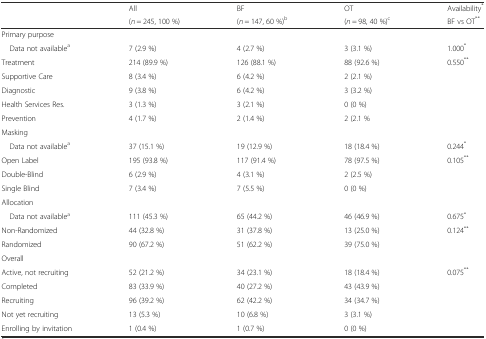
<table><thead><tr><td rowspan="2">[EMPTY_CELL]</td><td><b>All</b></td><td><b>BF</b></td><td><b>OT</b></td><td><b>Availability<sup>*</sup></b></td></tr><tr><td><b>(<i>n</i> = 245, 100 %)</b></td><td><b>(<i>n</i> = 147, 60 %)<sup>b</sup></b></td><td><b>(<i>n</i> = 98, 40 %)<sup>c</sup></b></td><td><b>BF vs OT<sup>**</sup></b></td></tr></thead><tbody><tr><td>Primary purpose</td><td>[EMPTY_CELL]</td><td>[EMPTY_CELL]</td><td>[EMPTY_CELL]</td><td>[EMPTY_CELL]</td></tr><tr><td> Data not available<sup>a</sup></td><td>7 (2.9 %)</td><td>4 (2.7 %)</td><td>3 (3.1 %)</td><td>1.000<sup>*</sup></td></tr><tr><td>Treatment</td><td>214 (89.9 %)</td><td>126 (88.1 %)</td><td>88 (92.6 %)</td><td rowspan="5">0.550<sup>**</sup></td></tr><tr><td>Supportive Care</td><td>8 (3.4 %)</td><td>6 (4.2 %)</td><td>2 (2.1 %)</td></tr><tr><td>Diagnostic</td><td>9 (3.8 %)</td><td>6 (4.2 %)</td><td>3 (3.2 %)</td></tr><tr><td>Health Services Res.</td><td>3 (1.3 %)</td><td>3 (2.1 %)</td><td>0 (0 %)</td></tr><tr><td>Prevention</td><td>4 (1.7 %)</td><td>2 (1.4 %)</td><td>2 (2.1 %</td></tr><tr><td>Masking</td><td>[EMPTY_CELL]</td><td>[EMPTY_CELL]</td><td>[EMPTY_CELL]</td><td>[EMPTY_CELL]</td></tr><tr><td> Data not available<sup>a</sup></td><td>37 (15.1 %)</td><td>19 (12.9 %)</td><td>18 (18.4 %)</td><td>0.244<sup>*</sup></td></tr><tr><td>Open Label</td><td>195 (93.8 %)</td><td>117 (91.4 %)</td><td>78 (97.5 %)</td><td rowspan="3">0.105<sup>**</sup></td></tr><tr><td>Double-Blind</td><td>6 (2.9 %)</td><td>4 (3.1 %)</td><td>2 (2.5 %)</td></tr><tr><td>Single Blind</td><td>7 (3.4 %)</td><td>7 (5.5 %)</td><td>0 (0 %)</td></tr><tr><td>Allocation</td><td>[EMPTY_CELL]</td><td>[EMPTY_CELL]</td><td>[EMPTY_CELL]</td><td>[EMPTY_CELL]</td></tr><tr><td> Data not available<sup>a</sup></td><td>111 (45.3 %)</td><td>65 (44.2 %)</td><td>46 (46.9 %)</td><td>0.675<sup>*</sup></td></tr><tr><td>Non-Randomized</td><td>44 (32.8 %)</td><td>31 (37.8 %)</td><td>13 (25.0 %)</td><td rowspan="2">0.124<sup>**</sup></td></tr><tr><td>Randomized</td><td>90 (67.2 %)</td><td>51 (62.2 %)</td><td>39 (75.0 %)</td></tr><tr><td>Overall</td><td>[EMPTY_CELL]</td><td>[EMPTY_CELL]</td><td>[EMPTY_CELL]</td><td>[EMPTY_CELL]</td></tr><tr><td>Active, not recruiting</td><td>52 (21.2 %)</td><td>34 (23.1 %)</td><td>18 (18.4 %)</td><td rowspan="5">0.075<sup>**</sup></td></tr><tr><td>Completed</td><td>83 (33.9 %)</td><td>40 (27.2 %)</td><td>43 (43.9 %)</td></tr><tr><td>Recruiting</td><td>96 (39.2 %)</td><td>62 (42.2 %)</td><td>34 (34.7 %)</td></tr><tr><td>Not yet recruiting</td><td>13 (5.3 %)</td><td>10 (6.8 %)</td><td>3 (3.1 %)</td></tr><tr><td>Enrolling by invitation</td><td>1 (0.4 %)</td><td>1 (0.7 %)</td><td>0 (0 %)</td></tr></tbody></table>